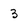
Character: 3